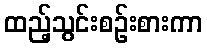
ထည့်သွင်းစဉ်းစားကာ